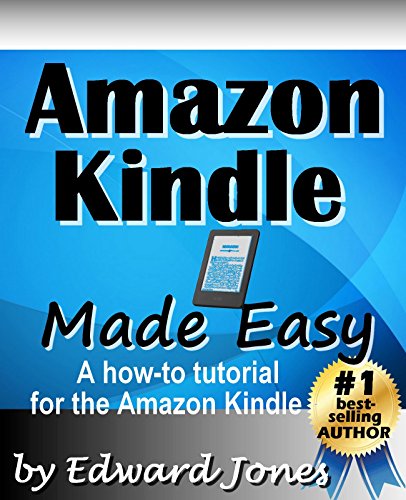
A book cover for Amazon Kindle Made Easy: A How-To Tutorial for the Amazon Kindle; Edward Jones; Computers & Technology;